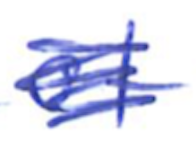
Text: of
Cross-out: scratch
Writing tool: ballpoint